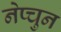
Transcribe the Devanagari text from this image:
नेप्चुन